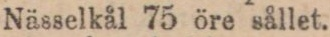
Nässelkål 75 öre sållet.